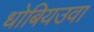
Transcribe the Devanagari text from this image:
धोबियउवा